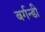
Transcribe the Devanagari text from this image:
बर्गन्डी